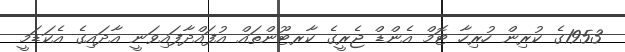
1953ގެ ކުރިން ހުރިހާ ޓޮމް އެންޑް ޖެރީގެ ކާރޓޫންތައް އުފައްދާފައިވަނީ އާދައިގެ އެކަޑަމީ